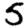
Digit: 5